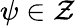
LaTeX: \psi\in\mathcal{Z}